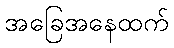
အခြေအနေထက်